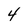
Character: 4